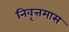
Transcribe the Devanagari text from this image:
निवृत्तमास